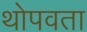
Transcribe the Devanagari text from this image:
थोपवता